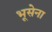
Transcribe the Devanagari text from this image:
भूसेना